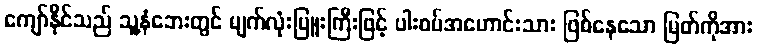
ကျော်နိုင်သည် သူ့နံဘေးတွင် မျက်လုံးပြူးကြီးဖြင့် ပါးစပ်အဟောင်းသား ဖြစ်နေသော မြတ်ကိုအား